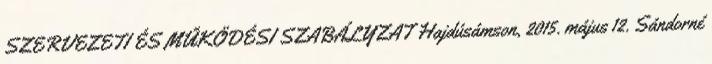
SZERVEZETI ÉS MŰKÖDÉSI SZABÁLYZAT Hajdúsámson, 2015. május 12. Sándorné